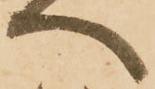
ヘ